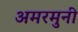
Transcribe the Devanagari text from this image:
अमरमुनी